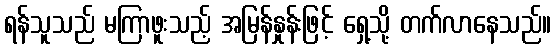
ရန်သူသည် မကြာဖူးသည့် အမြန်နှုန်းဖြင့် ရှေ့သို့ တက်လာနေသည်။